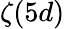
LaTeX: \zeta(5d)